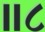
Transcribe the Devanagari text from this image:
॥८